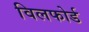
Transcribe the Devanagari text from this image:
विलफोर्ड